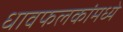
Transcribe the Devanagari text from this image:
धावफलकांमध्ये